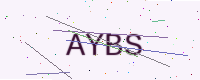
Text: AYBS